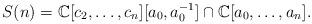
LaTeX: \begin{align*}S(n)=\mathbb C[c_2,\dots,c_n][a_0,a_0^{-1}]\cap \mathbb C[a_0, \dots,a_n].\end{align*}